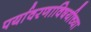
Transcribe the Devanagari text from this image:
पर्यावरणाविषयीच्या